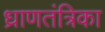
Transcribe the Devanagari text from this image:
ध्राणतंत्रिका